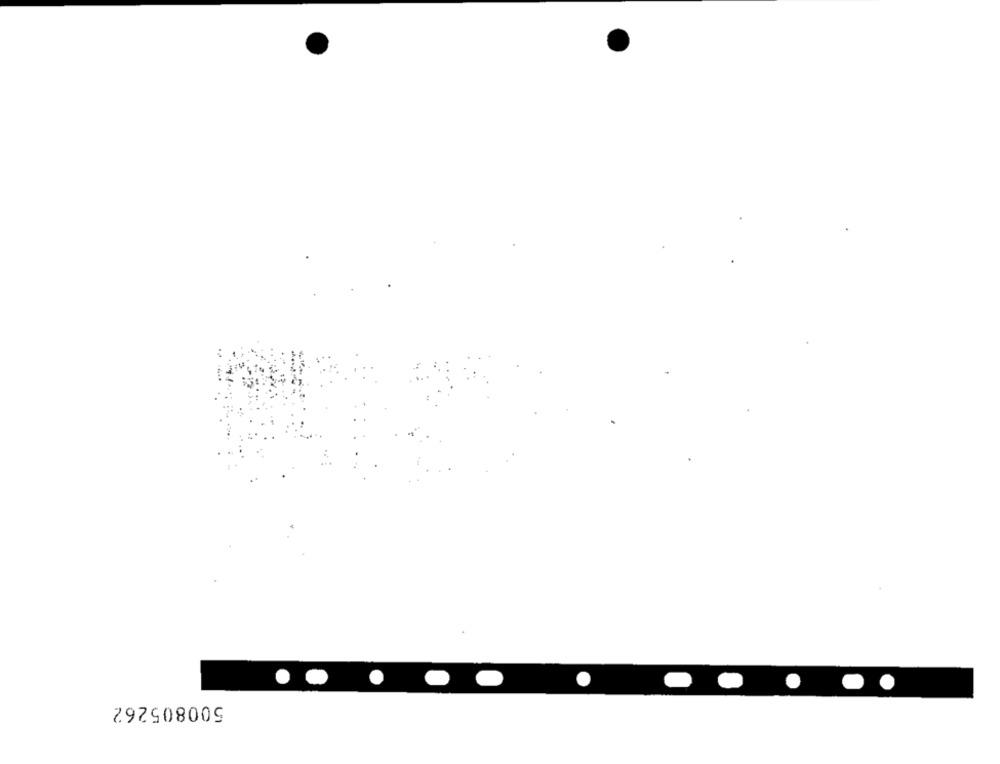
500805262